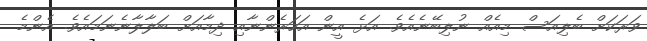
ވަރަކަށް ބެލިއަސް މިއެއް ނުލިބޭނެއެވެ. އަޅެ އީން އަހަރެންނާއި ދިމާއަށް ބަލާލާނެނަމައެވެ. އެންމެ